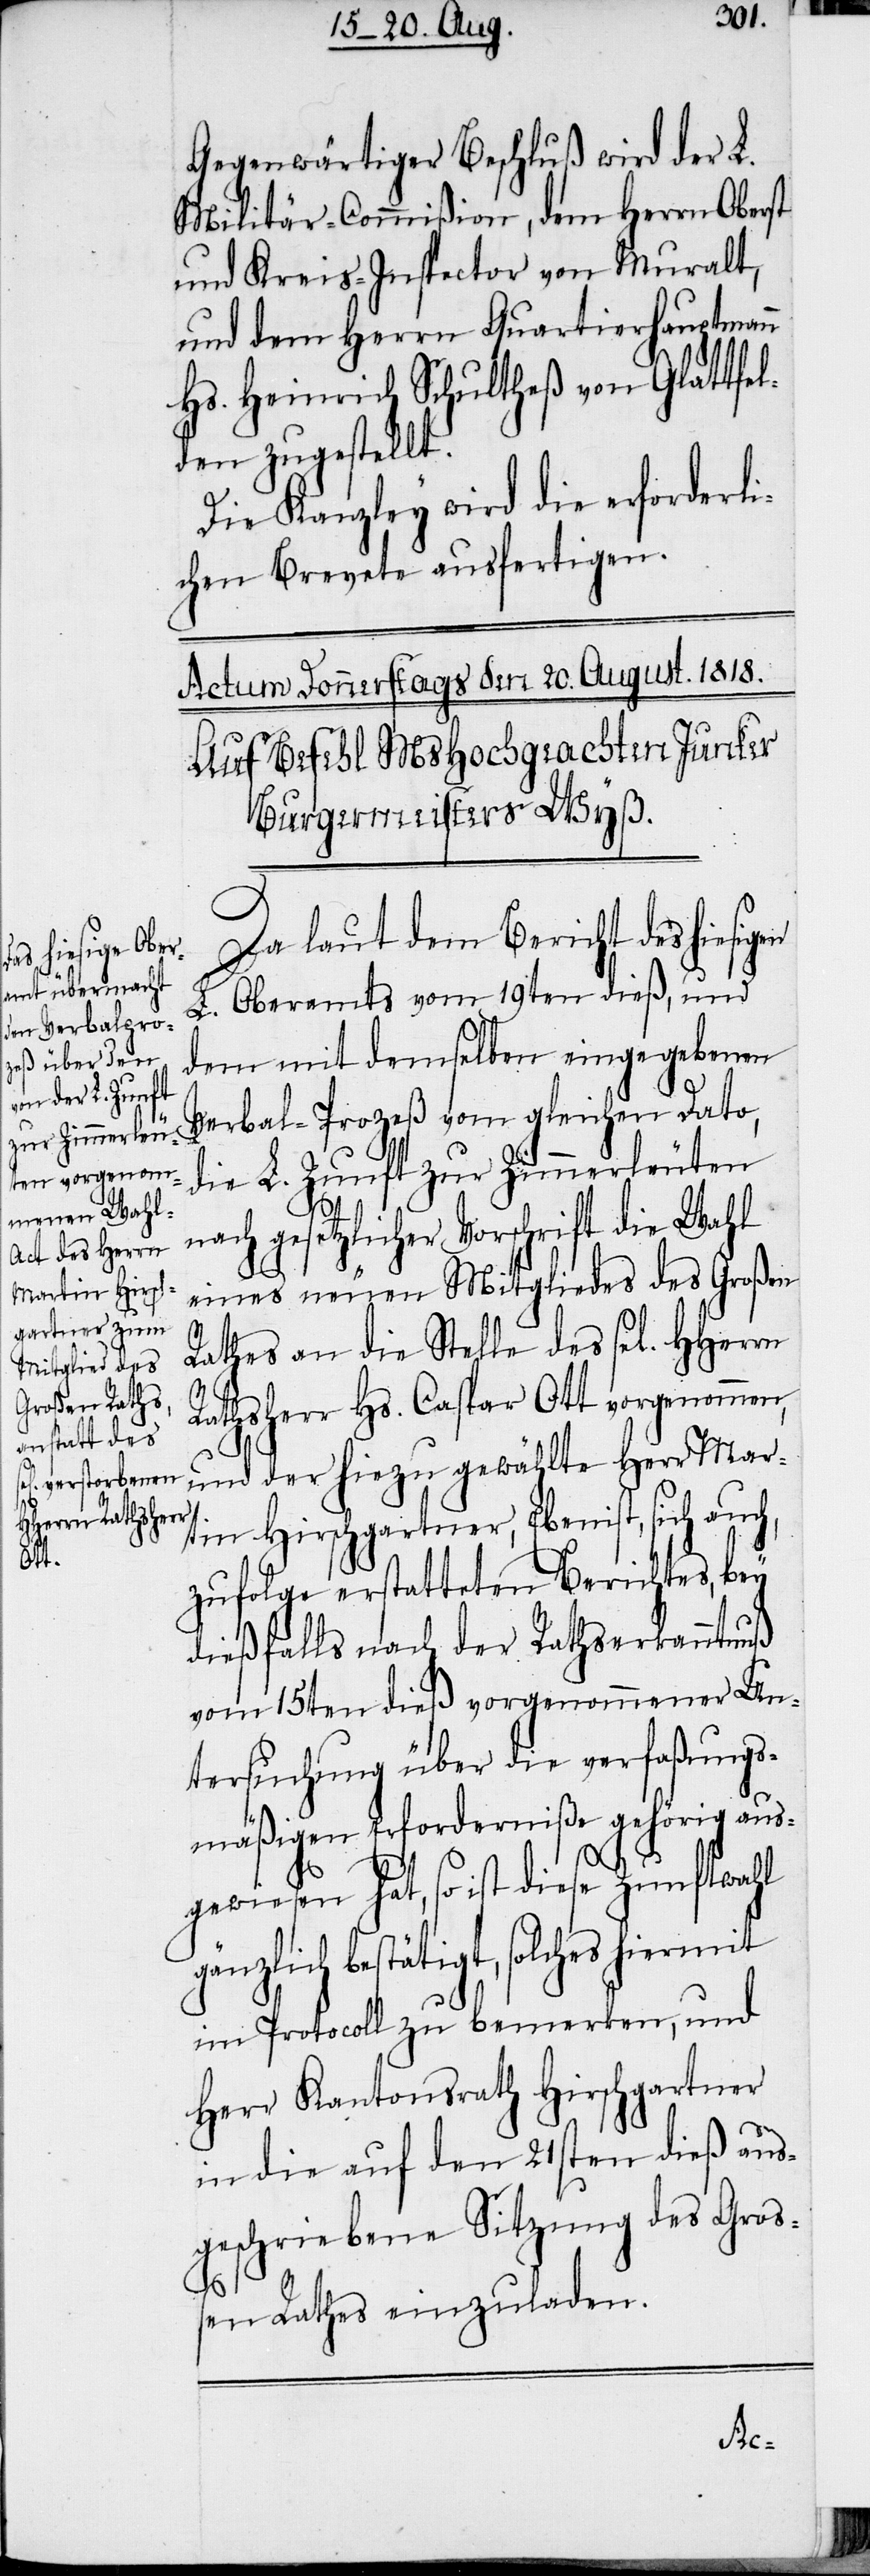
Gegenwärtiger Beschluß wird der L.
Militär-Commißion, dem Herrn Oberst
und Kreis-Inspector von Muralt,
und dem Herrn Quartierhauptmann
Hs. Heinrich Schultheß von Glattfel¬
den zugestellt.
Die Kanzley wird die erforderli¬
chen Brevete ausfertigen.
Actum Donnerstags den 20. August. 1818.
Auf Befehl MsHochgeachten Junker
Burgermeisters Wyß.
Da laut dem Bericht des hie¬
L. Oberamts vom 19ten dieß, und
dem mit demselben eingegebenen
Verbal-Prozeß vom gleichen Dato,
die L. Zunft zur Zimmerleuten
nach gesetzlicher Vorschrift die Wahl
eines neuen Mitgliedes des Großen
Rathes an die Stelle des sel. HHerrn
Rathsherrn Hs. Caspar Ott vorgenommen,
und der hiezu gewählte Herr Mar¬
tin Hirschgartner, Ebenist, sich auch,
zufolge erstatteten Berichtes, bey
dießfalls nach der Rathserkanntnuß
vom 15ten dieß vorgenommener Un¬
tersuchung über die verfaßungs¬
mäßigen Erforderniße gehörig aus¬
gewiesen hat, so ist diese Zunftwahl
gänzlich bestätigt, solches hiermit
im Protocoll zu bemerken, und
Herr Kantonsrath Hirschgartner
in die auf den 21sten dieß aus¬
geschriebene Sitzung des Groß¬
en Rathes einzuladen.
sigen